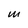
Character: M